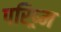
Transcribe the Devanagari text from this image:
परिष्र्म